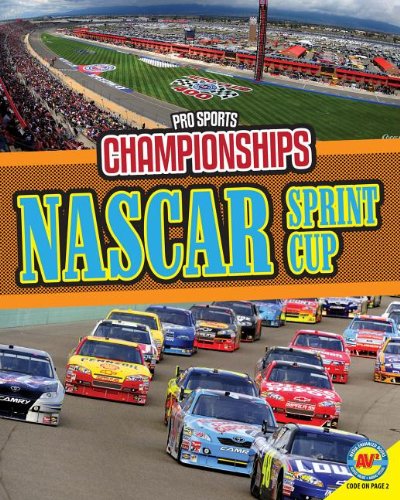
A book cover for NASCAR Sprint Cup (Pro Sport Championship); Jennifer Howse; Children's Books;